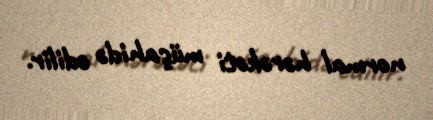
normal hərəkəti müşahidə edilir.